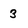
Character: 3